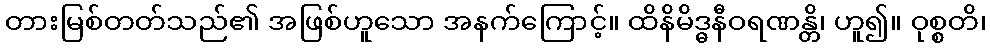
တားမြစ်တတ်သည်၏ အဖြစ်ဟူသော အနက်ကြောင့်။ ထိနိမိဒ္ဓနီဝရဏန္တိ၊ ဟူ၍။ ဝုစ္စတိ၊